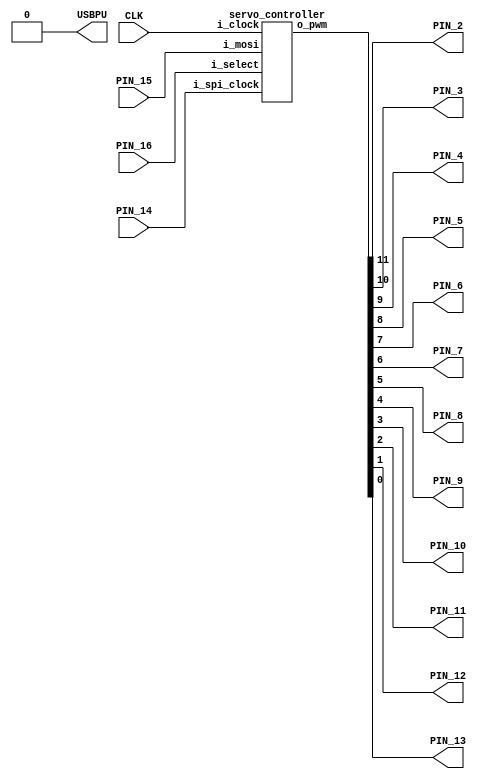
module board_connections (
  input CLK,
  input PIN_14, //SPI CLK
  input PIN_15, //SPI MOSI
  input PIN_16, //SPI SS
  output USBPU,
  output PIN_2,
  output PIN_3,
  output PIN_4,
  output PIN_5,
  output PIN_6,
  output PIN_7,
  output PIN_8,
  output PIN_9,
  output PIN_10,
  output PIN_11,
  output PIN_12,
  output PIN_13
);
  assign USBPU = 0;

  servo_controller servo_c(
    .i_clock (CLK),
    .i_spi_clock (PIN_14),
    .i_mosi (PIN_15),
    .i_select (PIN_16),
    .o_pwm ({PIN_2, PIN_3, PIN_4,
             PIN_5, PIN_6, PIN_7,
             PIN_8, PIN_9, PIN_10,
             PIN_11, PIN_12, PIN_13})
  );

endmodule

//Main logic module
//can group pins for loop by having a
  //separate board connections module
module servo_controller(

  input i_clock,
  input i_spi_clock,
  input i_mosi,
  input i_select,
  output [0:11] o_pwm
);

  wire [7:0] r_spiByte;
  reg [1:0] r_state = 0;

  wire w_newByte;
  reg r_newByte = 0;

  reg [7:0] r_index = 0;
  reg [15:0] r_pulse[0:11];// = 1500;
  reg [15:0] r_buffer;
  reg [15:0] r_period = 20000;


  //SPI logic
  //implements CPOL = 1, CPHA = 0
  //receive only
  //having the code here instead of initial begin
    //a separate module means synchronization issues
    //can be avoided
  reg [2:0] r_bit = 0;
  reg [7:0] r_SPIbuffer = 0;
  always @ (negedge i_spi_clock) begin
    if(~i_select) begin
      r_SPIbuffer[r_bit] = i_mosi;
      if(r_bit == 7) begin
        case (r_state)
          0: r_index = r_SPIbuffer;
          1: r_buffer[15:8] = r_SPIbuffer;
          2: r_buffer[7:0] = r_SPIbuffer;
        endcase
        r_state = r_state + 1;
        if(r_state == 3) begin
           r_pulse[r_index] = r_buffer;
           r_state = r_state + 1;
        end
      end
  	  r_bit = r_bit + 1;
    end
  end

  //create a pwm generator for each servo being controlled
  generate
    genvar i;
      for(i=0;i<12;i=i+1) begin
      pwm_gen pwm(
        .i_clock (i_clock),
        .i_pulse (r_pulse[i]),
        .i_period (r_period),
        .o_pwm (o_pwm[i])
      );
     end
  endgenerate

endmodule


//PWM generator module
module pwm_gen(
  input i_clock,
  input wire [15:0] i_pulse,
  input wire [15:0] i_period,
  output reg o_pwm = 1
);

  reg [7:0] r_ticks = 0;
  reg [15:0] r_count = 0;

  always @ (posedge i_clock) begin
    r_ticks = r_ticks+1;

    if(r_ticks > 15) begin
      r_count = r_count+1;
      if(r_count > i_pulse) begin
        o_pwm = 0;
      end
      if(r_count > i_period) begin
        o_pwm = 1;
        r_count = 0;
      end
      r_ticks = 0;
    end
  end

endmodule